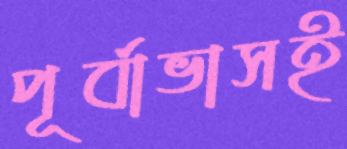
পূর্বাভাসই